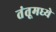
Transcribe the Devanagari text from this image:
तंतूमध्ये